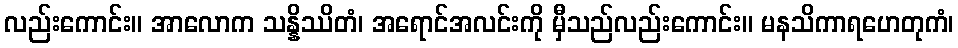
လည်းကောင်း။ အာလောက သန္နိဿိတံ၊ အရောင်အလင်းကို မှီသည်လည်းကောင်း။ မနသိကာရဟေတုကံ၊